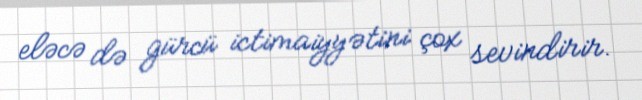
eləcə də gürcü ictimaiyyətini çox sevindirir.